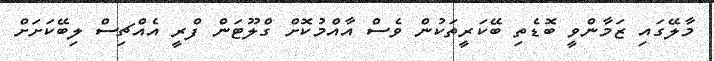
މާލޭގައި ޒަމާންވީ ބޮޑެތި ބޭކަރީތަކުން ވެސް އާއްމުކޮށް ގްލޫޓަން ފްރީ އެއްޗިސް ލިބޭކަށަށް